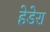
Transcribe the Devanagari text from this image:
हेडेरा